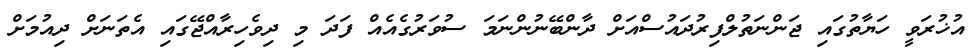
އުޚުރަވީ ހަޔާތުގައި ޖަންނަތުލްފިރުދައުސްއަށް ދާންބޭނުންނަމަ ސުވަރުގެއެއް ފަދަ މި ދިވެހިރާއްޖޭގައި އެތަނަށް ދިއުމަށް